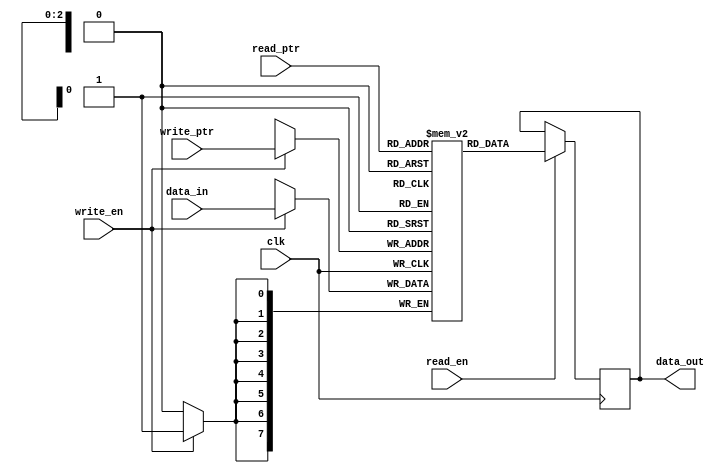
module CircularRegisterFile (
    input wire clk,
    input wire [7:0] data_in,
    input wire write_en,
    input wire read_en,
    input wire [2:0] read_ptr,
    input wire [2:0] write_ptr,
    output reg [7:0] data_out
);

reg [7:0] memory_blocks [0:7]; // Assuming 8 memory blocks
integer i;

always @(posedge clk) begin
    if (write_en) begin
        memory_blocks[write_ptr] <= data_in;
    end
    
    if (read_en) begin
        data_out <= memory_blocks[read_ptr];
    end
end

endmodule